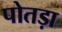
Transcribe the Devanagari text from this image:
पोतड़ा